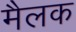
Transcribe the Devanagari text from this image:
मैलक